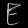
Digit: ၉